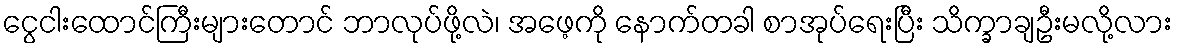
ငွေငါးထောင်ကြီးများတောင် ဘာလုပ်ဖို့လဲ၊ အဖေ့ကို နောက်တခါ စာအုပ်ရေးပြီး သိက္ခာချဦးမလို့လား